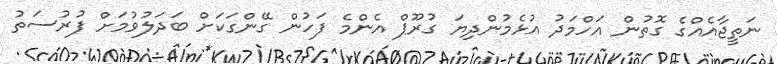
ނަތީޖާއެއްގެ ގޮތުން އަހްމަދު އުޅެމުންދިޔަ ގުރޫޕް އެންމެ ފަހުން ގޭންގަކަށް ބަދަލުވުމަށް ފުރުސަތު